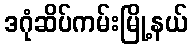
ဒဂုံဆိပ်ကမ်းမြို့နယ်